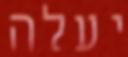
יעלה